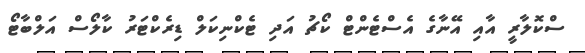
ސްކޮލާރީ އާއި އޭނާގެ އެސްޓެންޓް ކޯޗު އަދި ޓެކްނިކަލް ޑިރެކްޓަރު ކާލޯސް އަލްބާޓޯ